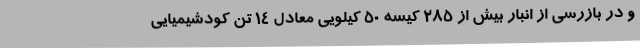
و در بازرسی از انبار بیش از 285 کیسه 50 کیلویی معادل 14 تن کودشیمیایی